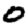
Digit: 0